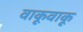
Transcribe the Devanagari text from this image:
वाकूवाकू